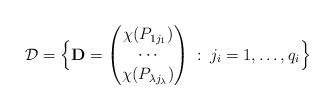
LaTeX: \begin{align*}\mathcal{D}=\Bigl\{\mathbf{D}=\begin{pmatrix}\chi(P_{1 j_1})\\\cdots \\\chi(P_{\lambda j_\lambda})\end{pmatrix}\::\: j_i = 1,\ldots,q_i \Bigr\}\end{align*}